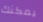
يمكنك